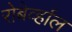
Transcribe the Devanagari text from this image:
रोबेर्व्हाल